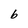
Character: b